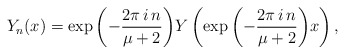
\begin{align*} Y_n(x)=\exp{\left(-\frac{2\pi\,i\,n}{\mu+2}\right)}Y\left(\exp{\left(-\frac{2\pi\,i\,n}{\mu+2}\right)}x\right),\end{align*}